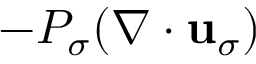
- { \cal P } _ { \sigma } ( \nabla \cdot { \bf u } _ { \sigma } )